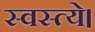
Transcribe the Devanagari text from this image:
स्वस्त्ये।